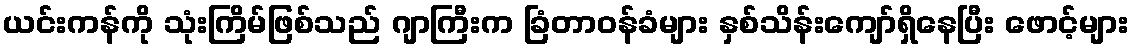
ယင်းကန်ကို သုံးကြိမ်ဖြစ်သည် ဂျာကြီးက ခြံတာဝန်ခံများ နှစ်သိန်းကျော်ရှိနေပြီး ဖောင့်များ